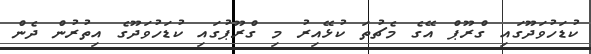
ކުޑަހުވަދޫގައި ގްރޫޕް އޭގެ މެޗުތަ ކުޅޭއިރު މި ގްރޫޕުގައި ކުޑަހުވަދޫގެ އިތުރުން ދެން